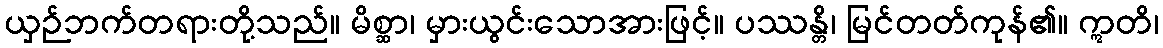
ယှဉ်ဘက်တရားတို့သည်။ မိစ္ဆာ၊ မှားယွင်းသောအားဖြင့်။ ပဿန္တိ၊ မြင်တတ်ကုန်၏။ ဣတိ၊